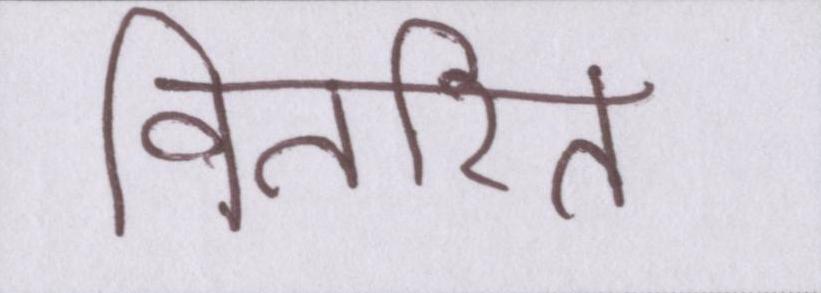
वितरित